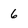
Character: 6